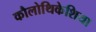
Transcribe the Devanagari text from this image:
कौलोथिकेशिया